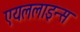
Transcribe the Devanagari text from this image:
एयललाइन्स